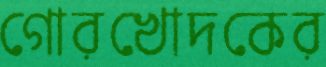
গোরখোদকের